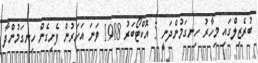
ބުރެޒިލްގައި މިހާރު ހިނގަމުންދަނީ 5 އޮކްޓޯބަރު 1988 ވަނަ އަހަރުން ފެށިގެން ހިނގަމުންދާ